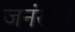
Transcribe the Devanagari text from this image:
जनंख्या